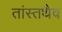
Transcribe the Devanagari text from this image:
तांस्तथैव